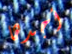
أجدها